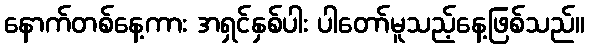
နောက်တစ်နေ့ကား အရှင်နှစ်ပါး ပါတော်မူသည့်နေ့ဖြစ်သည်။